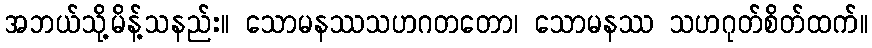
အဘယ်သို့မိန့်သနည်း။ သောမနဿသဟဂတတော၊ သောမနဿ သဟဂုတ်စိတ်ထက်။